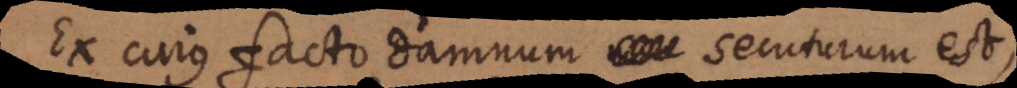
Ex cujus facto damnum secuturum est,